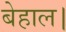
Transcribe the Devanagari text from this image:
बेहाल।